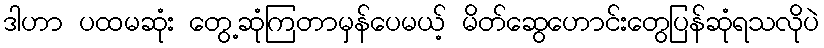
ဒါဟာ ပထမဆုံး တွေ့ဆုံကြတာမှန်ပေမယ့် မိတ်ဆွေဟောင်းတွေပြန်ဆုံရသလိုပဲ